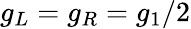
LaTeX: g_{L}=g_{R}=g_{1}/2